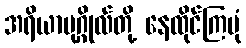
အရိယာပုဂ္ဂိုလ်တို့ နေထိုင်ကြပုံ